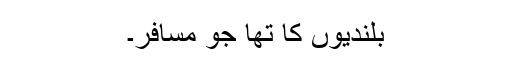
بلندیوں کا تھا جو مسافر۔